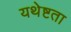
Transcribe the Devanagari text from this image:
यथेष्टता